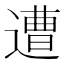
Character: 遭